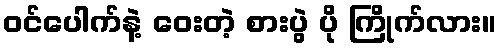
ဝင်ပေါက်နဲ့ ဝေးတဲ့ စားပွဲ ပို ကြိုက်လား။